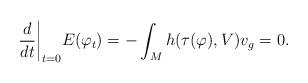
LaTeX: \begin{align*} \frac{d}{dt} \bigg\vert_{t=0} E(\varphi_t) = -\int_M h(\tau(\varphi), V) v_g = 0.\end{align*}